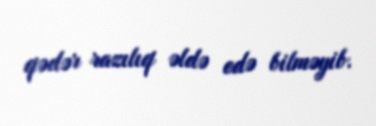
qədər razılıq əldə edə bilməyib.